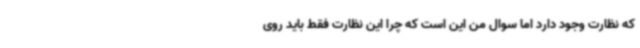
که نظارت وجود دارد اما سوال من این است که چرا این نظارت فقط باید روی